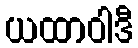
ယထာဝါဒီ